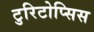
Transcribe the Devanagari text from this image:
टुरिटोप्सिस